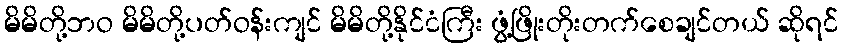
မိမိတို့ဘဝ မိမိတို့ပတ်ဝန်းကျင် မိမိတို့နိုင်ငံကြီး ဖွံ့ဖြိုးတိုးတက်စေချင်တယ် ဆိုရင်